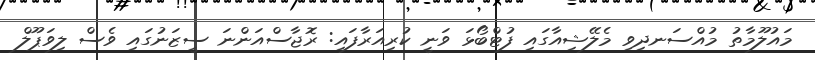
މައުލޫމާތު މުއްސަނދިވި މެލޭޝިއާގައި ފުޓްބޯޅަ ވަނީ ކުރިއަރާފައި: ރޮޖާސްއަންނަ ސީޒަނުގައި ވެސް ލިވަޕޫލް